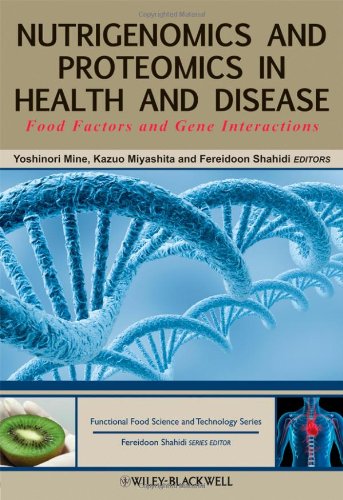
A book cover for Nutrigenomics and Proteomics in Health and Disease: Food Factors and Gene Interactions (Hui: Food Science and Technology); Health, Fitness & Dieting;